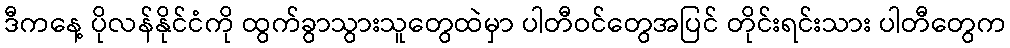
ဒီကနေ့ ပိုလန်နိုင်ငံကို ထွက်ခွာသွားသူတွေထဲမှာ ပါတီဝင်တွေအပြင် တိုင်းရင်းသား ပါတီတွေက